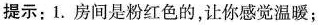
提示：1.房间是粉红色的，让你感觉温暖；